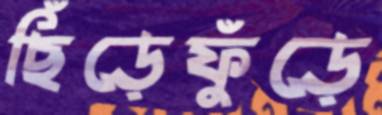
ছিঁড়েফুঁড়ে